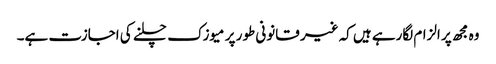
وہ مجھ پر الزام لگارہے ہیں کہ غیر قانونی طور پر میوزک چلنے کی اجازت ہے۔